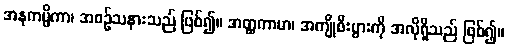
အနုကမ္ပိကာ၊ အစဉ်သနားသည် ဖြစ်၍။ အတ္ထကာမာ၊ အကျိုစီးပွားကို အလိုရှိသည် ဖြစ်၍။